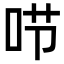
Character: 𠰱